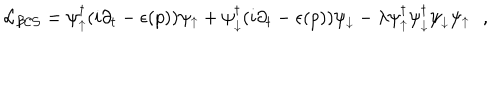
{ \cal L _ { B C S } } = \psi _ { \uparrow } ^ { \dagger } ( i \partial _ { t } - \epsilon ( p ) ) \psi _ { \uparrow } + \psi _ { \downarrow } ^ { \dagger } ( i \partial _ { t } - \epsilon ( p ) ) \psi _ { \downarrow } - \lambda \psi _ { \uparrow } ^ { \dagger } \psi _ { \downarrow } ^ { \dagger } \psi _ { \downarrow } \psi _ { \uparrow } \, \, \, \, ,